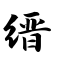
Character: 缙